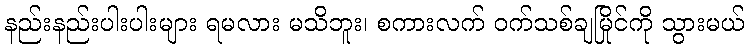
နည်းနည်းပါးပါးများ ရမလား မသိဘူး၊ စကားလက် ဝက်သစ်ချမြိုင်ကို သွားမယ်